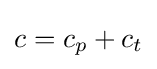
c=c_{p}+c_{t}